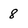
Character: 8